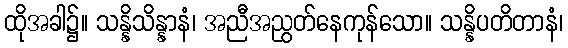
ထိုအခါ၌။ သန္နိသိန္နာနံ၊ အညီအညွတ်နေကုန်သော။ သန္နိပတိတာနံ၊